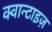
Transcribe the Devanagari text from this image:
क्वान्टाइज़